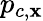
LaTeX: p_{c,\mathbf{x}}